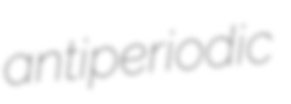
antiperiodic